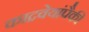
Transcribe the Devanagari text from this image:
काद्रवेयांपैकी